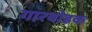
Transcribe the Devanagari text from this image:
गारबोडक